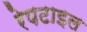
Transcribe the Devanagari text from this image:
रेपटाइल